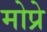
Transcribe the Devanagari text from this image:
मोप्रे